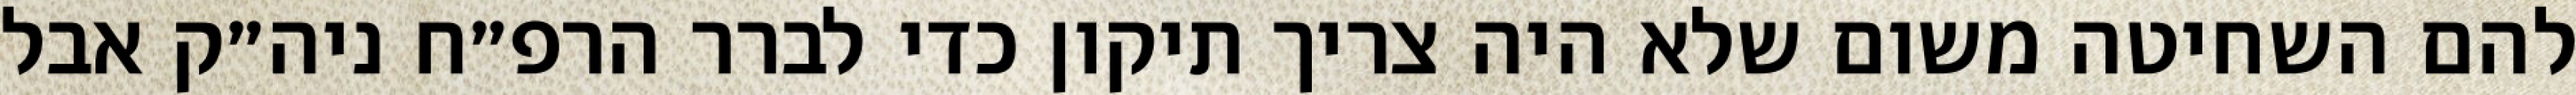
להם השחיטה משום שלא היה צריך תיקון כדי לברר הרפ״ח ניה״ק אבל